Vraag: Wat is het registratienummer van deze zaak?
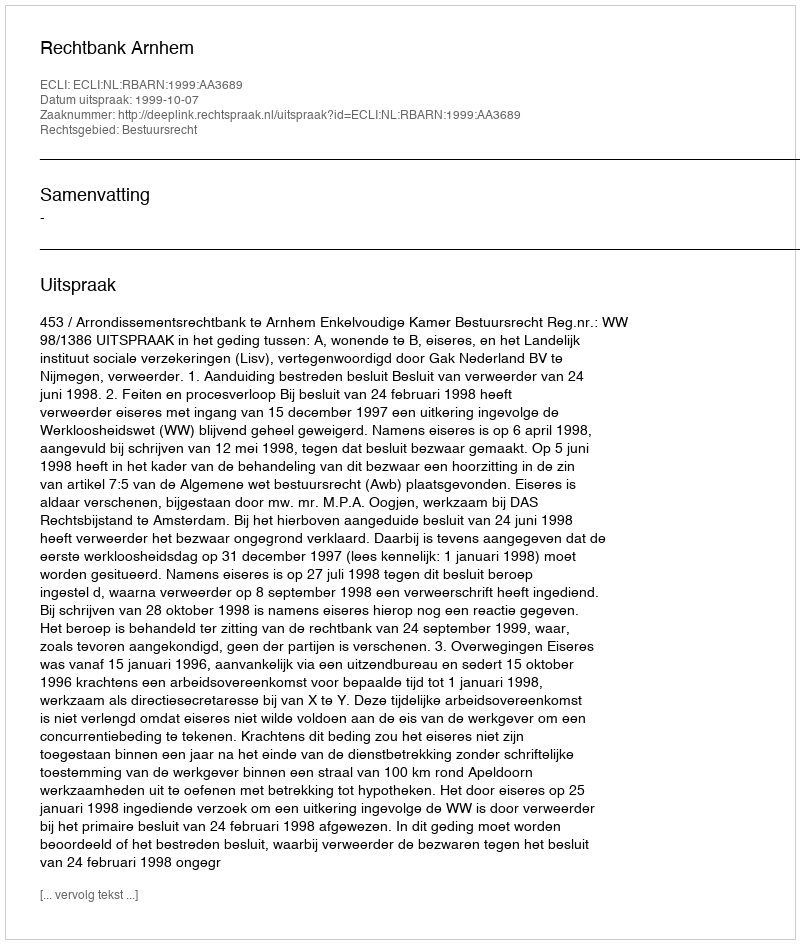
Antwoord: http://deeplink.rechtspraak.nl/uitspraak?id=ECLI:NL:RBARN:1999:AA3689